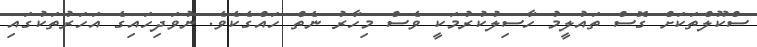
ސްކޫލްތަކަށް ގޮސް ތައުލީމު ހާސިލުކުރުމަކީ ވެސް މިހާރު ނެތް ހައްގެކެވެ. ނުވަދިހައިގެ އަހަރުތަކުގައި